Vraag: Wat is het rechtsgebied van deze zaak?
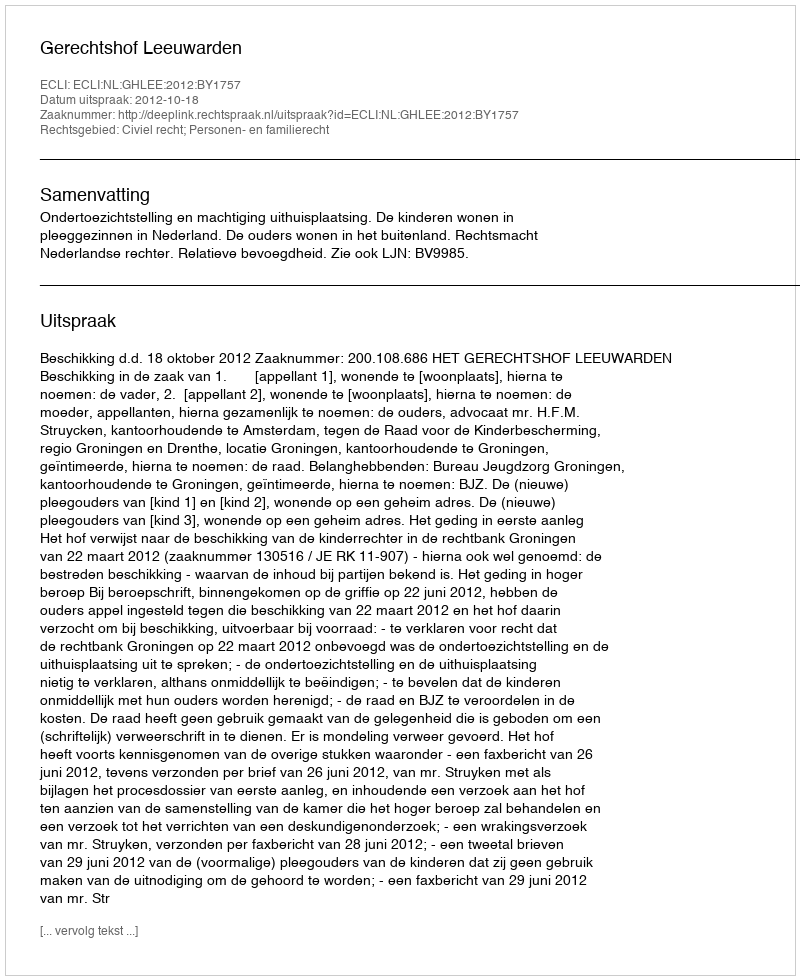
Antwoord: Civiel recht; Personen- en familierecht